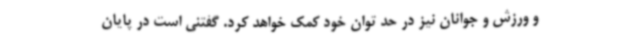
و ورزش و جوانان نیز در حد توان خود کمک خواهد کرد. گفتنی است در پایان